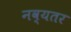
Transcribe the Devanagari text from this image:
नव्यतर